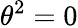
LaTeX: \theta^{2}=0